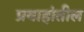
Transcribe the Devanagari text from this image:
प्रवाहांतील